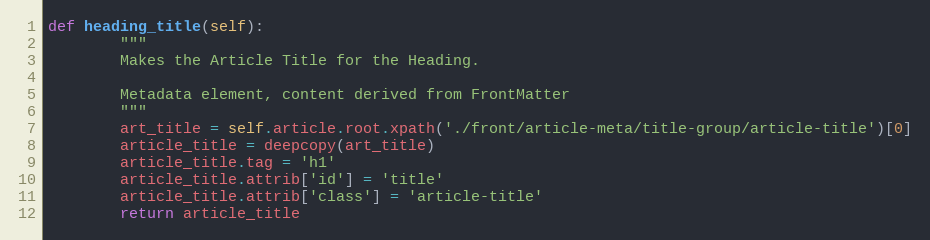
Language: Python
def heading_title(self):
        """
        Makes the Article Title for the Heading.

        Metadata element, content derived from FrontMatter
        """
        art_title = self.article.root.xpath('./front/article-meta/title-group/article-title')[0]
        article_title = deepcopy(art_title)
        article_title.tag = 'h1'
        article_title.attrib['id'] = 'title'
        article_title.attrib['class'] = 'article-title'
        return article_title